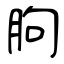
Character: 朐